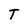
Character: T